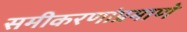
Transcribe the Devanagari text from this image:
समीकरणांप्रमाणे